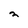
Character: 2